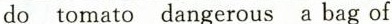
do tomato dangerous a bag of